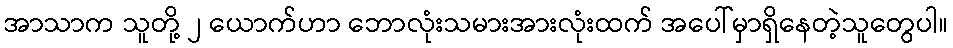
အာသာက သူတို့ ၂ ယောက်ဟာ ဘောလုံးသမားအားလုံးထက် အပေါ်မှာရှိနေတဲ့သူတွေပါ။